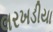
લરખડીયા